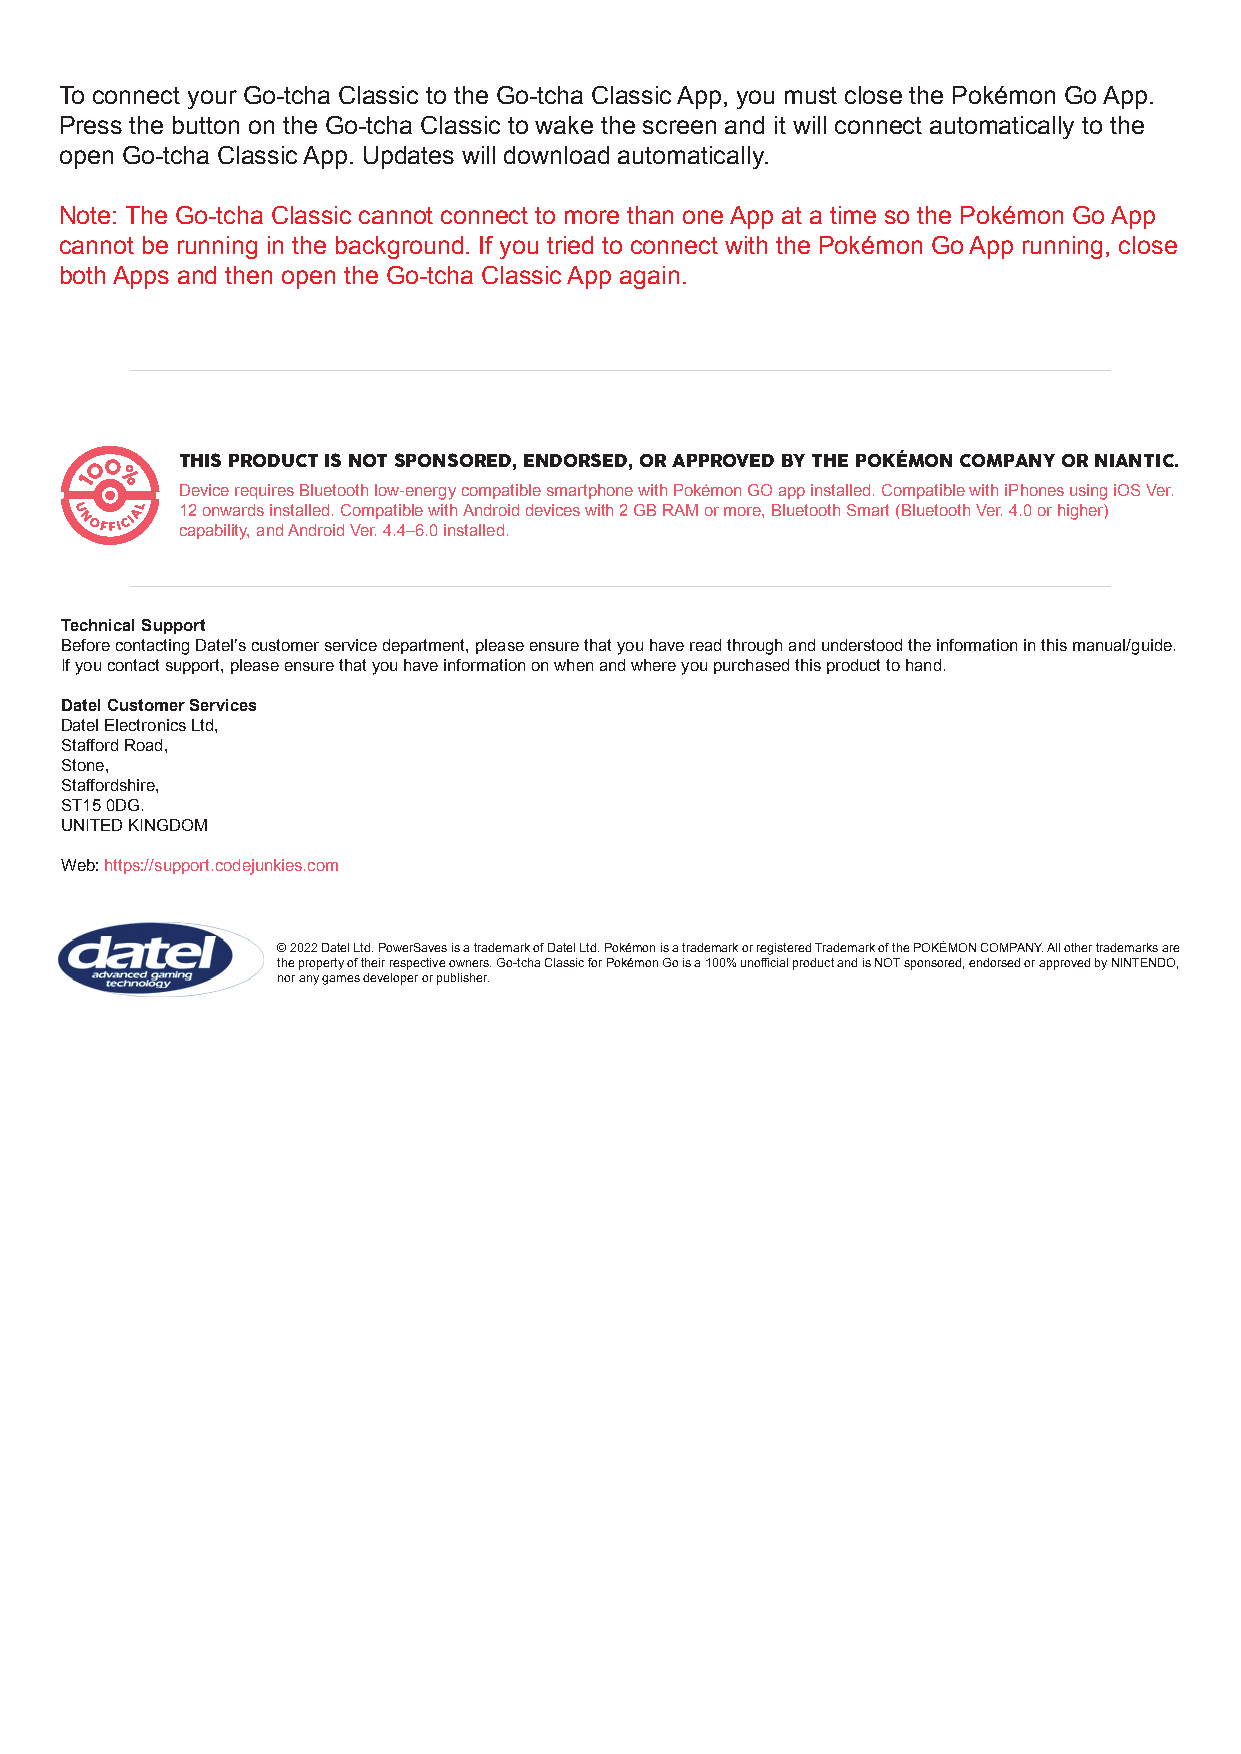
To connect your Go-tcha Classic to the Go-tcha Classic App, you must close the Pokémon Go App.
 Press the button on the Go-tcha Classic to wake the screen and it will connect automatically to the
 open Go-tcha Classic App. Updates will download automatically.
 Note: The Go-tcha Classic cannot connect to more than one App at a time so the Pokémon Go App
 cannot be running in the background. If you tried to connect with the Pokémon Go App running, close
 both Apps and then open the Go-tcha Classic App again.
 THIS PRODUCT IS NOT SPONSORED, ENDORSED, OR APPROVED BY THE POKÉMON COMPANY OR NIANTIC.
 Device requires Bluetooth low-energy compatible smartphone with Pokémon GO app installed. Compatible with iPhones using iOS Ver.
 12 onwards installed. Compatible with Android devices with 2 GB RAM or more, Bluetooth Smart (Bluetooth Ver. 4.0 or higher)
 capability, and Android Ver. 4.4–6.0 installed.
 Technical Support
 Before contacting Datel’s customer service department, please ensure that you have read through and understood the information in this manual/guide.
 If you contact support, please ensure that you have information on when and where you purchased this product to hand.
 Datel Customer Services
 Datel Electronics Ltd,
 Stafford Road,
 Stone,
 Staffordshire,
 ST15 0DG.
 UNITED KINGDOM
 Web: https://support.codejunkies.com
 © 2022 Datel Ltd. PowerSaves is a trademark of Datel Ltd. Pokémon is a trademark or registered Trademark of the POKÉMON COMPANY. All other trademarks are
 the property of their respective owners. Go-tcha Classic for Pokémon Go is a 100% unofficial product and is NOT sponsored, endorsed or approved by NINTENDO,
 nor any games developer or publisher.